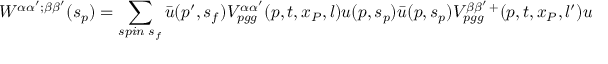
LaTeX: W ^ { \alpha \alpha ^ { \prime } ; \beta \beta ^ { \prime } } ( s _ { p } ) = \sum _ { s p i n \; s _ { f } } \bar { u } ( p ^ { \prime } , s _ { f } ) V _ { p g g } ^ { \alpha \alpha ^ { \prime } } ( p , t , x _ { P } , l ) u ( p , s _ { p } ) \bar { u } ( p , s _ { p } ) V _ { p g g } ^ { \beta \beta ^ { \prime } \, + } ( p , t , x _ { P } , l ^ { \prime } ) u ( p ^ { \prime } , s _ { f } )